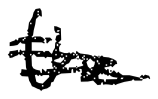
Text: the
Cross-out: double-line
Writing tool: digital_black